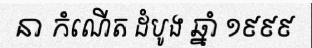
នា កំណើត ដំបូង ឆ្នាំ ១៩៩៩